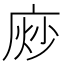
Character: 𫷴